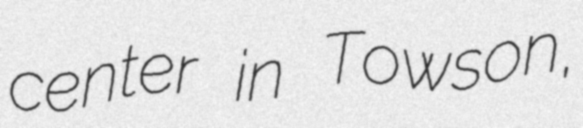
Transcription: center in Towson,